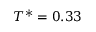
T ^ { * } = 0 . 3 3